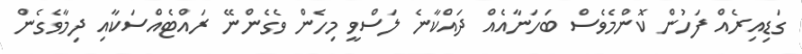
ގަޑިއިރެއް ފަހުން ކޮންމެވެސް ބަހަނާއެއް ދައްކާނެ ލަސްވީ މިހެން ވެގެންނޭ ރައްޓެއްސަކާއި ދިމާވެގެން